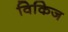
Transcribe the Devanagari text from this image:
विकिज